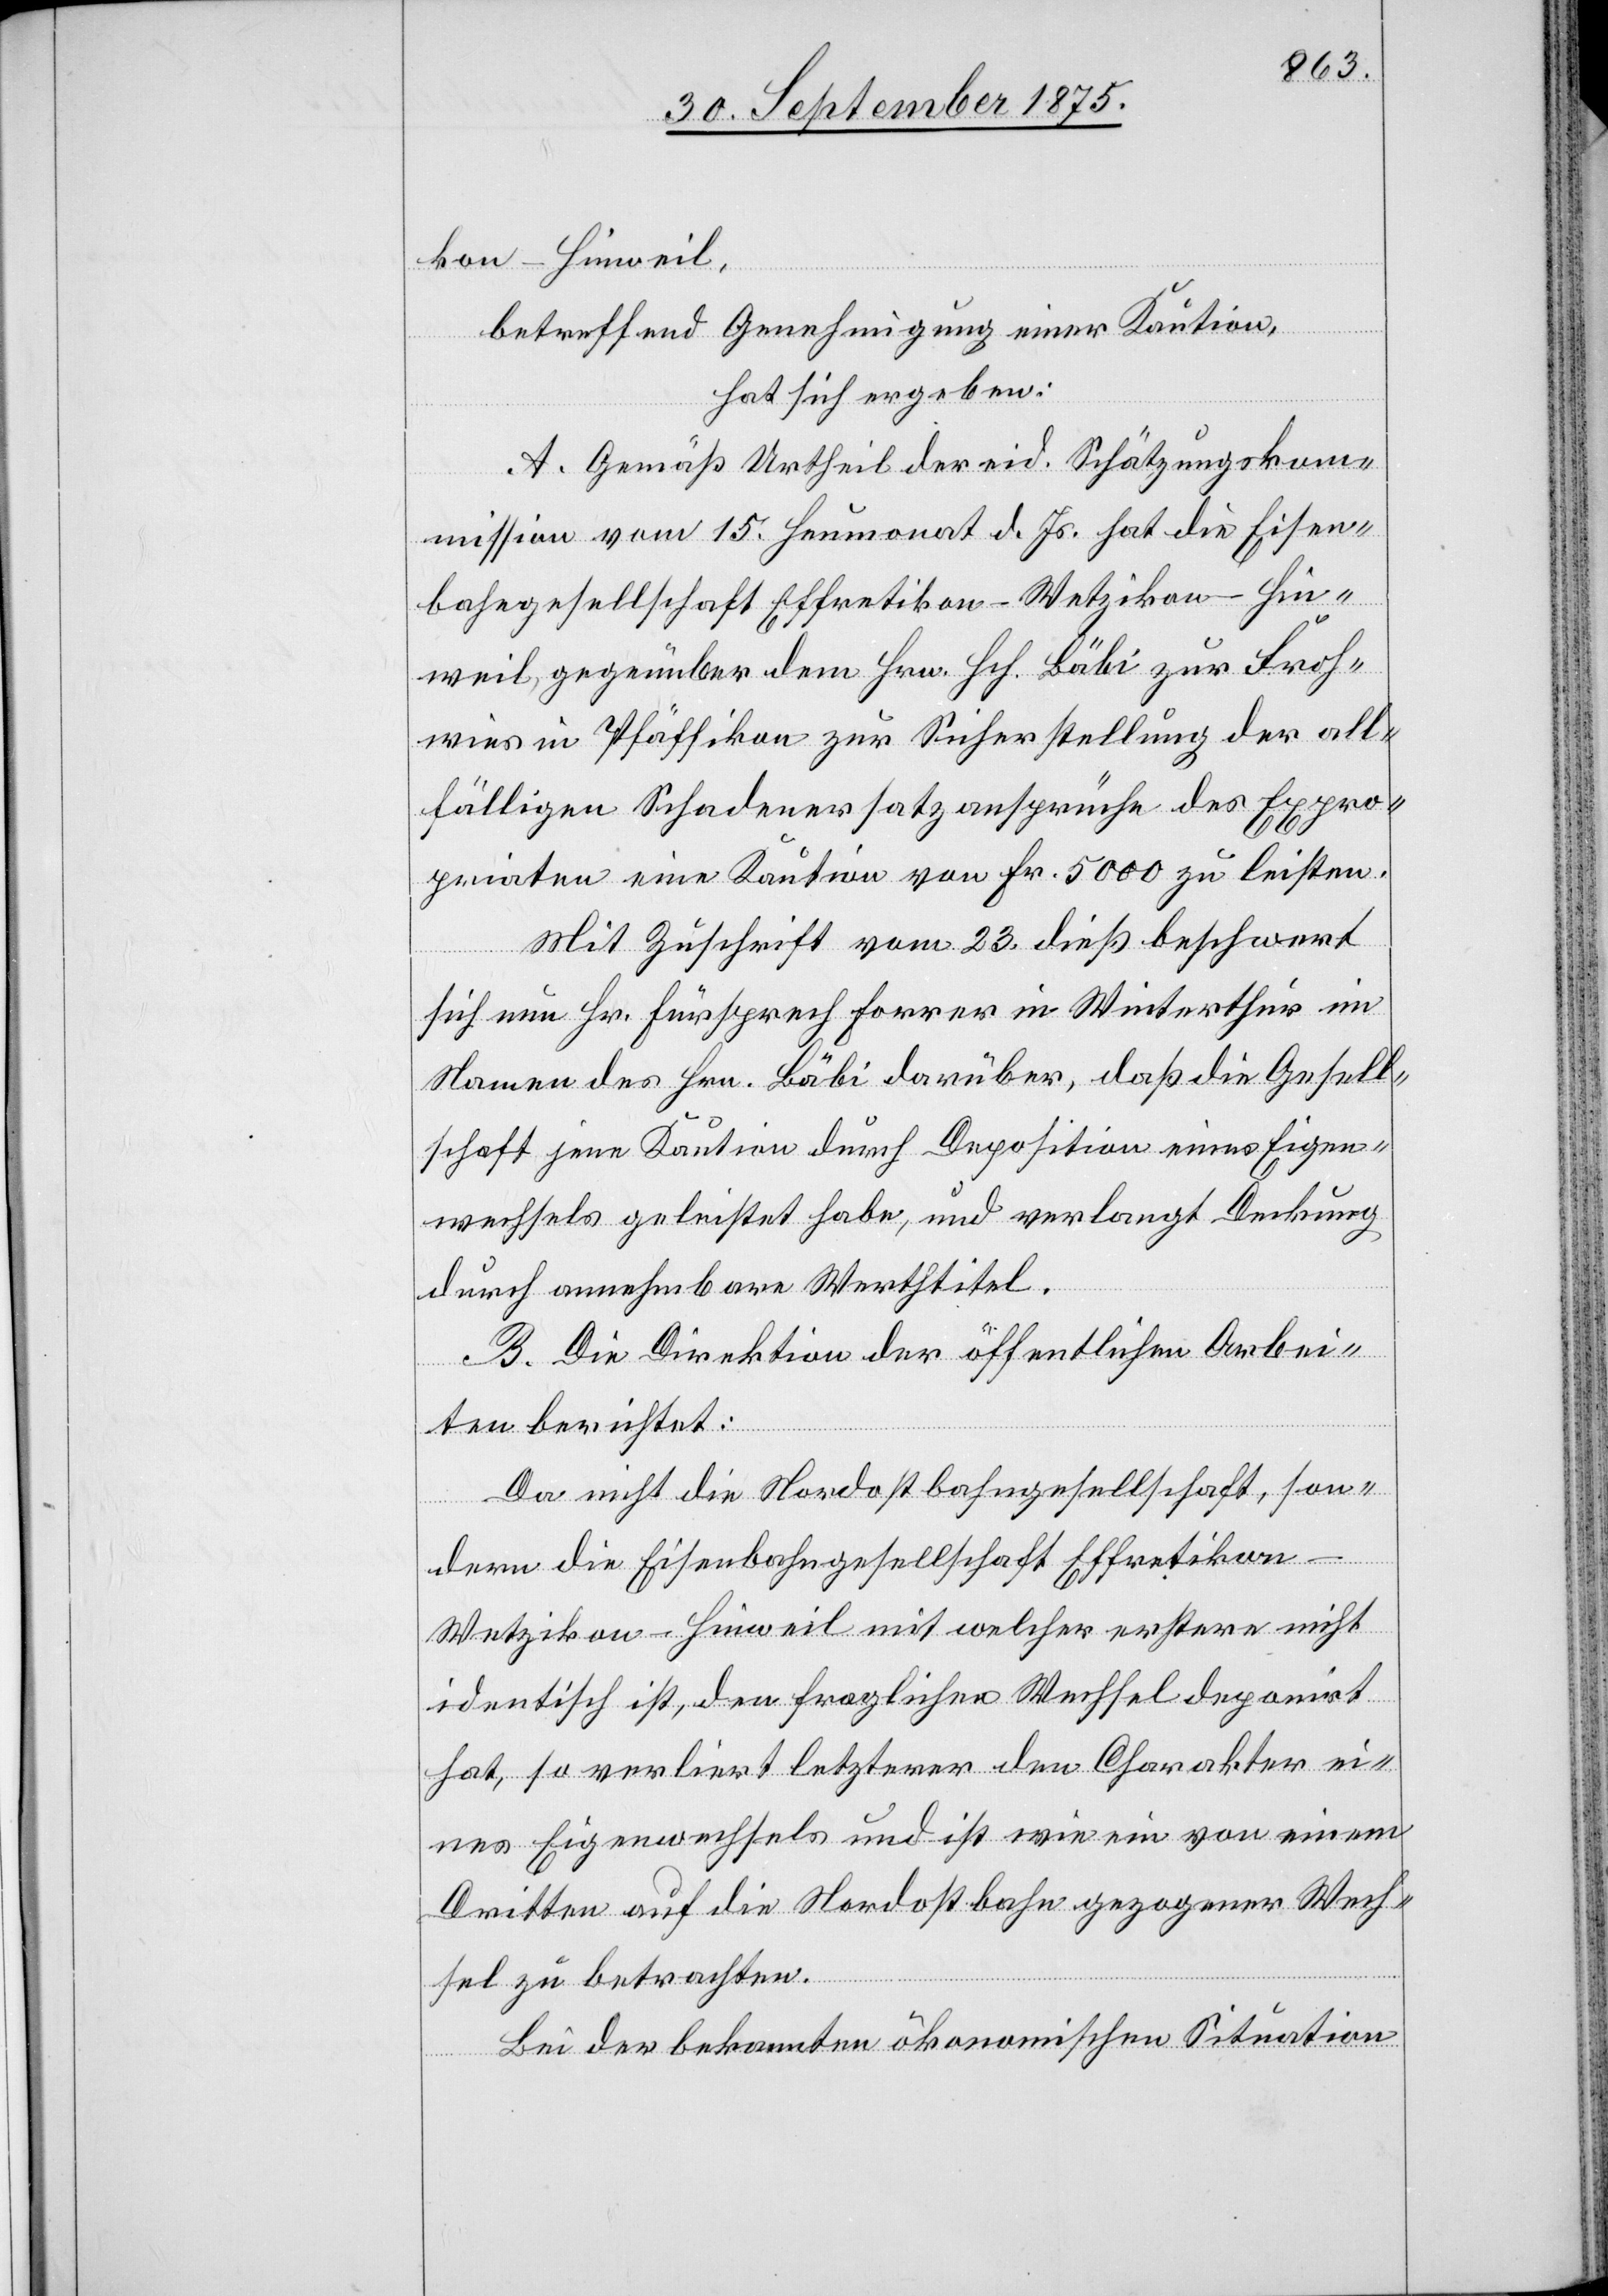
kon–Hinweil,
betreffend Genehmigung einer Kaution,
hat sich ergeben:
A. Gemäß Urtheil der eid. Schätzungskom¬
mission vom 15. Heumonat d. Js. hat die Eisen¬
bahngesellschaft Effretikon–Wetzikon–Hin¬
weil gegenüber dem Hrn. Hch. Bäbi zur Froh¬
wies in Pfäffikon zur Sicherstellung der all¬
fälligen Schadenersatzansprüche des Expro¬
priaten eine Kaution von Fr. 5000 zu leisten.
Mit Zuschrift vom 23. dieß beschwert
sich nun Hr. Fürsprech Forrer in Winterthur im
Namen des Hrn. Bäbi darüber, daß die Gesell¬
schaft jene Kaution durch Deposition eines Eigen¬
wechsels geleistet habe, und verlangt Deckung
durch annehmbare Werthtitel.
B. Die Direktion der öffentlichen Arbei¬
ten berichtet:
Da nicht die Nordostbahngesellschaft, son¬
dern die Eisenbahngesellschaft Effretikon–W¬
etzikon–Hinweil mit welcher erstere nicht
identisch ist, den fraglichen Wechsel deponirt
hat, so verliert letzterer den Charakter ei¬
nes Eigenwechsels und ist wie ein von einem
Dritten auf die Nordostbahn gezogener Wech¬
sel zu betrachten.
Bei der bekannten ökonomischen Situation